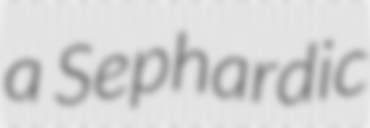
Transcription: a Sephardic